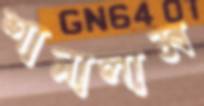
শানালাম